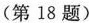
(第18题)